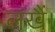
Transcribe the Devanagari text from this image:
लखैं।